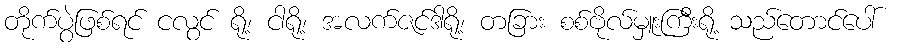
တိုက်ပွဲဖြစ်ရင် ငလွင် ရို့၊ ငါရို့၊ အလက်ဇင်ဒါရို့၊ တခြား စစ်ဗိုလ်မှူးကြီးရို့ သည်တောင်ပေါ်